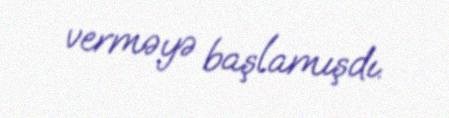
verməyə başlamışdı.